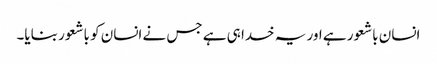
انسان باشعور ہے اور یہ خدا ہی ہے جس نے انسان کو باشعور بنایا۔